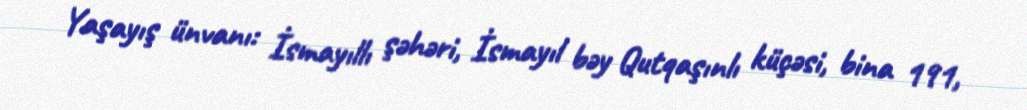
Yaşayış ünvanı: İsmayıllı şəhəri, İsmayıl bəy Qutqaşınlı küçəsi, bina 191,